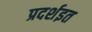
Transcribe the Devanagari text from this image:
प्रदर्शइत